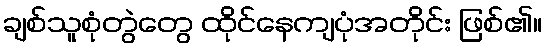
ချစ်သူစုံတွဲတွေ ထိုင်နေကျပုံအတိုင်း ဖြစ်၏။